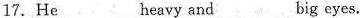
17.He___ heavy and ___ big eyes.